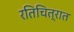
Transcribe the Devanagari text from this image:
रतिचित्रात